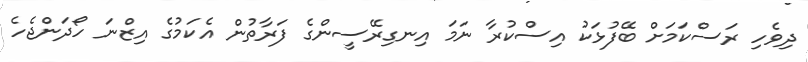
ދިވެހި ރަސްކަމަށް ބޭފުޅަކު އިސްކުރާ ނަމަ އިނގިރޭސީންގެ ފަރާތުން އެކަމުގެ އިޒްނަ ހޯދަންޖެހެ